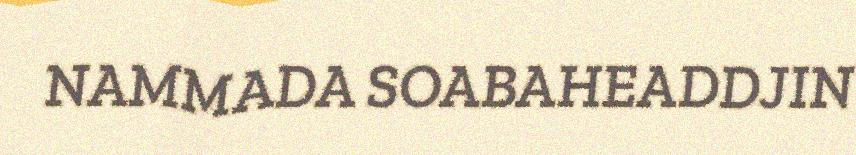
NAMMADA SOABAHEADDJIN